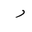
Letter: _ra